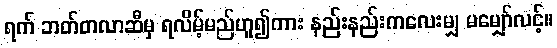
ရက် ဘတ်တလာဆီမှ ရလိမ့်မည်ဟူ၍ကား နည်းနည်းကလေးမျှ မမျှော်လင့်။